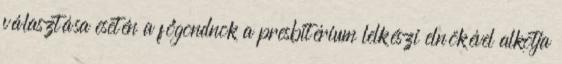
választása esetén a főgondnok a presbitérium lelkészi elnökével alkotja